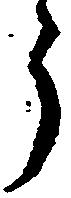
ら